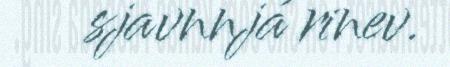
sjavnnjá rinev.